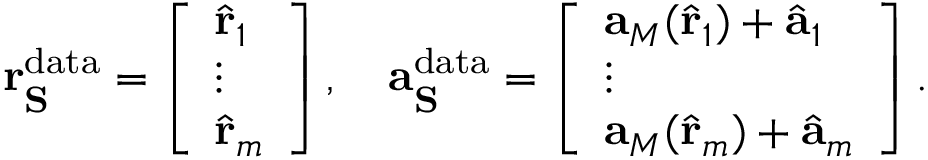
\mathbf { r } _ { \mathbf { S } } ^ { \mathrm { d a t a } } = \left[ \begin{array} { l } { \hat { \mathbf { r } } _ { 1 } } \\ { \vdots } \\ { \hat { \mathbf { r } } _ { m } } \end{array} \right] , \quad \mathbf { a } _ { \mathbf { S } } ^ { \mathrm { d a t a } } = \left[ \begin{array} { l } { \mathbf { a } _ { M } ( \hat { \mathbf { r } } _ { 1 } ) + \hat { \mathbf { a } } _ { 1 } } \\ { \vdots } \\ { \mathbf { a } _ { M } ( \hat { \mathbf { r } } _ { m } ) + \hat { \mathbf { a } } _ { m } } \end{array} \right] .